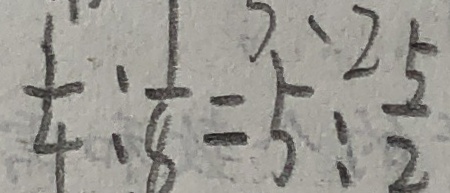
\frac { 1 } { 4 } \div \frac { 1 } { 8 } = 5 : \frac { 5 } { 2 }